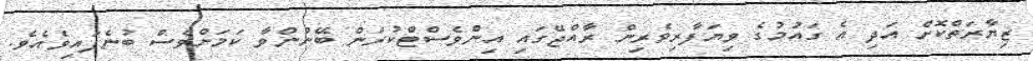
ޒިޔާރަތްކޮށް އަދި އެ ގައުމުގެ ވިޔަފާރިވެރިން ރާއްޖޭގައި އިންވެސްޓްކުރަން ބޭނުންވާ ކަމަށްވެސް ބުނެފައިވެއެވެ.